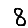
Digit: 8